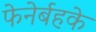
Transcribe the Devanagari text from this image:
फेनेर्बहके